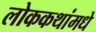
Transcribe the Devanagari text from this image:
लोककथांमधे